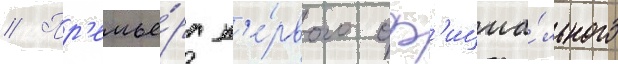
// Пр'емье́ра п'е́рвого оф'ициа́льного